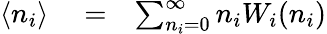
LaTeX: \begin{array}{rlr}{\langle n_{i}\rangle}&{{}=}&{\sum_{n_{i}=0}^{\infty}n_{i}W_{i}(n_{i})}\end{array}